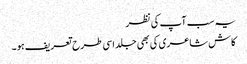
یہ سب آپ کی نظر
کاش شاعری کی بھی جلد اسی طرح تعریف ہو ۔